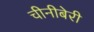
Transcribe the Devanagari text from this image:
चीनीबेरी